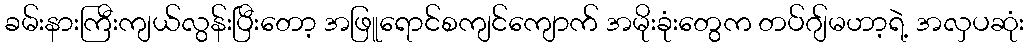
ခမ်းနားကြီးကျယ်လွန်းပြီးတော့ အဖြူရောင်စကျင်ကျောက် အမိုးခုံးတွေက တပ်ဂျ်မဟာ့ရဲ့ အလှပဆုံး